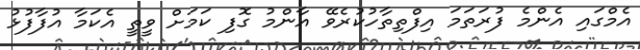
އެމްގައި އެންމެ ފުރަތަމަ އިފްތިތާހުކުރެވޭ އާންމު ގޮފި ކަމަށް ވީތީ އެކަމާ އުފާފުޅު